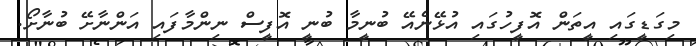
މިގަޑީގައި އީތަން އޮފީހުގައި އުޅޭނެއޭ ބުނީމާ ބުނީ އޮފީސް ނިންމާފައި އަންނާށޭ ބުނާށޯ.